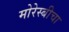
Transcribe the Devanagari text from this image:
मोरेस्बीचा